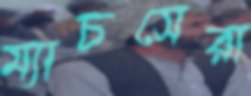
ম্যাচসেরা